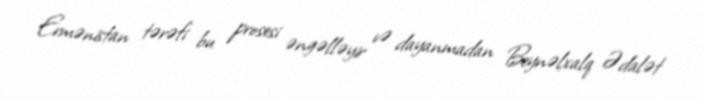
Ermənistan tərəfi bu prosesi əngəlləyir və dayanmadan Beynəlxalq Ədalət